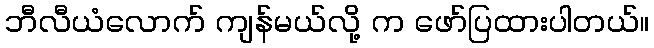
ဘီလီယံလောက် ကျန်မယ်လို့ က ဖော်ပြထားပါတယ်။